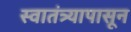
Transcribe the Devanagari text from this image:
स्वातंत्र्यापासून